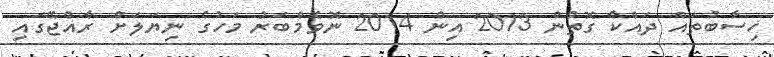
ހިސާބުތައް ދައްކާ ގޮތުން 2013 އިން 2014 ނޮވެމްބަރު މަހުގެ ނިޔަލަށް ރާއްޖޭގައި